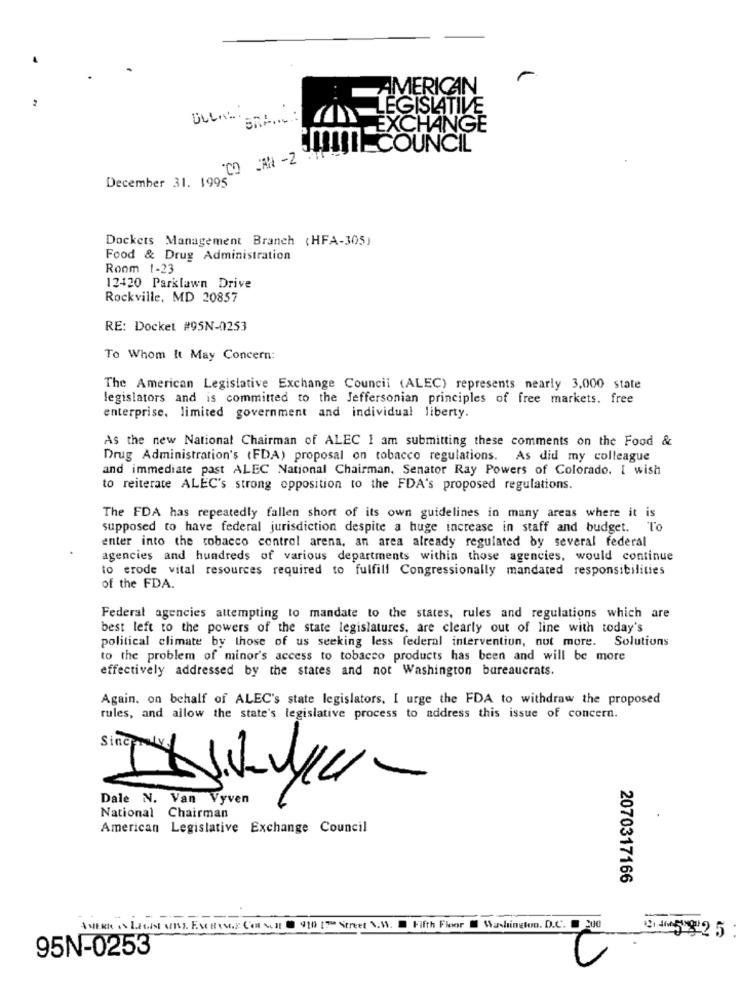
AMERICAN
ULL ....
LEGISLATIVE
EXCHANGE
JILCOUNCIL
"CO CAN -2
December 31. 1995
Dockers Management Branch (HFA-305)
Food & Drug Administration
Room 1-23
12420 Parklawn Drive
Rockville, MD 20857
RE: Docket #95N-0253
To Whom It May Concern:
The American Legislative Exchange Council (ALEC) represents nearly 3,000 state
legislators and is committed to the Jeffersonian principles of free markets. free
enterprise, limited government and individual liberty.
As the new National Chairman of ALEC I am submitting these comments on the Food &
Drug Administration's (FDA) proposal on tobacco regulations. As did my colleague
and immediate past ALEC National Chairman, Senator Ray Powers of Colorado. I wish
to reiterate ALEC's strong opposition to the FDA's proposed regulations.
The FDA has repeatedly fallen short of its own guidelines in many areas where it is
supposed to have federal jurisdiction despite a huge increase in staff and budget. To
enter into the tobacco control arena, an area already regulated by several federal
agencies and hundreds of various departments within those agencies, would continue
to erode vital resources required to fulfill Congressionally mandated responsibilities
of the FDA.
Federal agencies attempting to mandate to the states, rules and regulations which are
best left to the powers of the state legislatures, are clearly out of line with today's
political climate by those of us seeking less federal intervention, not more.
Solutions
to the problem of minor's access to tobacco products has been and will be more
effectively addressed by the states and not Washington bureaucrats.
Again. on behalf of ALEC's state legislators. I urge the FDA to withdraw the proposed
rules, and allow the state's legislative process to address this issue of concern.
Sincerely
Dale N. Van Vyven
National Chairman
American Legislative Exchange Council
2070317166
-
AWERK IS LAGIN VIS. EXCHANGE Con sor 910 [ Street \.S. Fifth Floor Washington, D.C. 200 945 92 5 :
95N-0253
0